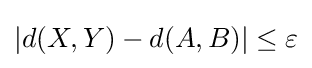
\left|d(X,Y)-d(A,B)\right|\leq \varepsilon